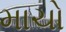
માચો